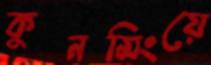
কুনমিংয়ে